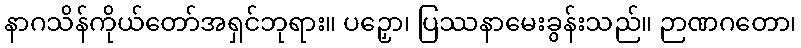
နာဂသိန်ကိုယ်တော်အရှင်ဘုရား။ ပဉှော၊ ပြဿနာမေးခွန်းသည်။ ဉာဏဂတော၊